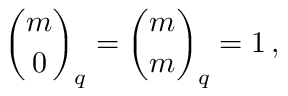
{ \binom { m } { 0 } } _ { q } = { \binom { m } { m } } _ { q } = 1 \, ,